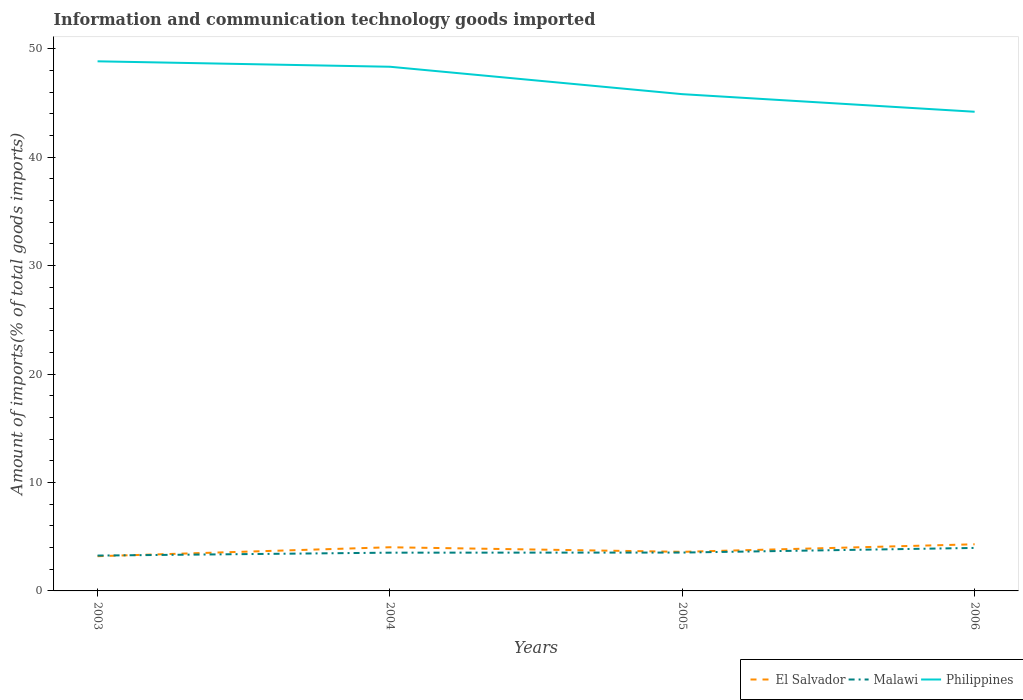
| Years | El Salvador | Malawi | Philippines |
 | --- | --- | --- | --- |
 | 2003 | 3.2 | 3.26 | 48.8 |
 | 2004 | 4.03 | 3.53 | 48.3 |
 | 2005 | 3.61 | 3.54 | 45.8 |
 | 2006 | 4.3 | 3.96 | 44.2 |